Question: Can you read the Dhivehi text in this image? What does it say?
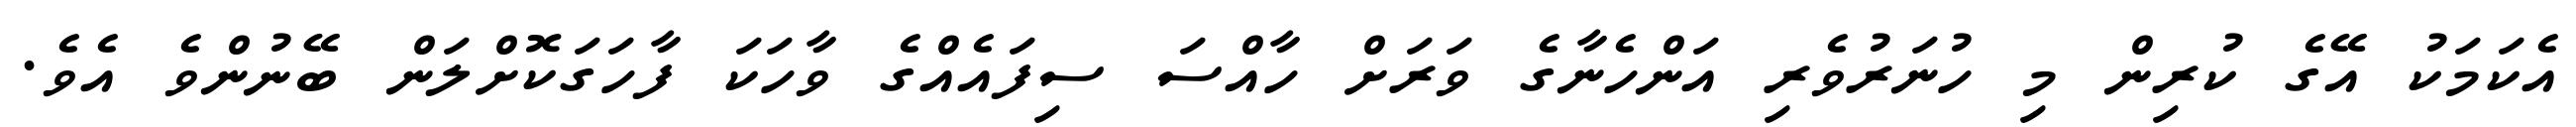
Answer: އެކަމަކު އޭގެ ކުރިން މި ހުނަރުވެރި އަންހެނާގެ ވަރަށް ހާއްސަ ސިފައެއްގެ ވާހަކަ ފާހަގަކޮށްލަން ބޭނުންވެ އެވެ.